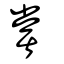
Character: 嘗